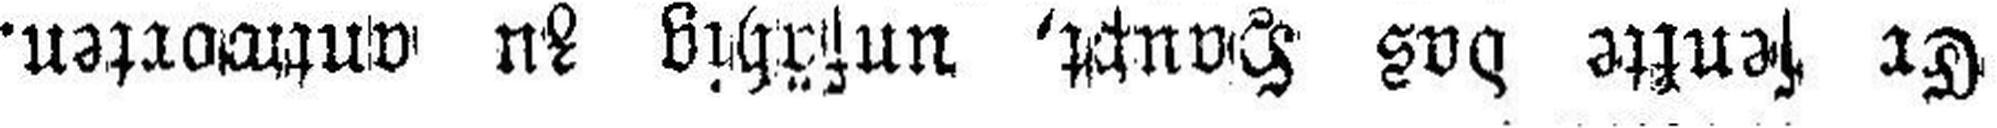
Er senkte das Haupt, unfähig zu antworten.